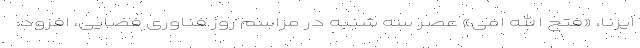
ایرنا، «فتح الله امی» عصر سه شنبه در مراسم روز فناوری فضایی، افزود: